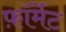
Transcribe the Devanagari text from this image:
फ़ाॅर्मेट